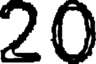
20